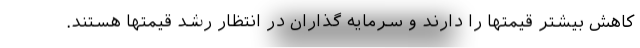
کاهش بیشتر قیمتها را دارند و سرمایه گذاران در انتظار رشد قیمتها هستند.